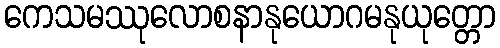
ကေသမဿုလောစနာနုယောဂမနုယုတ္တော